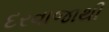
દરવાજાથી